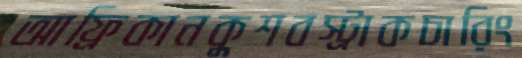
আফ্রিকানকুশবস্ট্রাকচারিং